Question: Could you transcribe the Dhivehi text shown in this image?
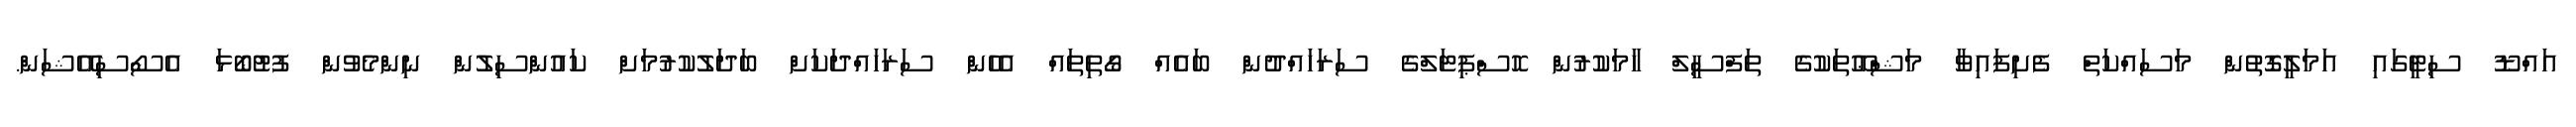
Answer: އައްޑޫ ސިޓީގައި އަމަލީގޮތުން މަސައްކަތް ފެށިފައިވާ މަޝްޢޫތަކުގެ ތަފްސީލް ހާމަކުރުން ހޮސްޕިޓަލްގެ ސަރަހައްދުން ބައެއް ގޯތިތައް އެހެން ސަރަހައްދަކަށް ބަދަލުކުރުމަށް ކައުންސިލުން ނިންމެވުން ފުޓުބޯޅަ އެސޯސިއޭޝަން.